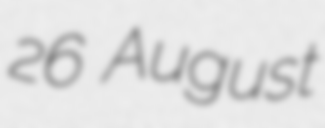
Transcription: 26 August